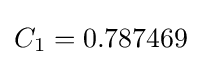
C_{1}=0.787469